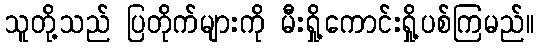
သူတို့သည် ပြတိုက်များကို မီးရှို့ကောင်းရှို့ပစ်ကြမည်။